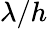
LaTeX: \lambda/h